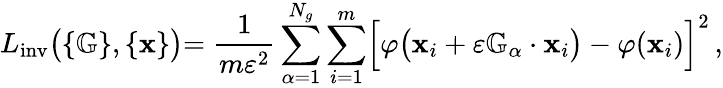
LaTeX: L_{\mathrm{inv}}\bigl(\{ \mathbb G\} ,\{ \mathbf x\} \bigl)=\frac{1}{m\varepsilon^{2}}\sum_{\alpha=1}^{N_{g}}\sum_{i=1}^{m}\Bigl[\varphi\bigl(\mathbf{x}_{i}+\varepsilon{\mathbb G_{\alpha}}\cdot\mathbf{x}_{i}\bigr)-\varphi(\mathbf{x}_{i})\Bigr]^{2}\, ,